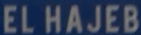
ELHAJEB